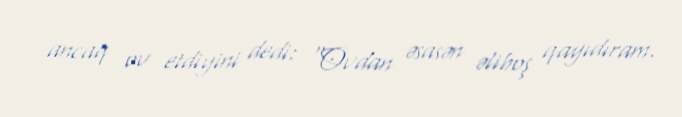
ancaq ov etdiyini dedi: “Ovdan əsasən əliboş qayıdıram.